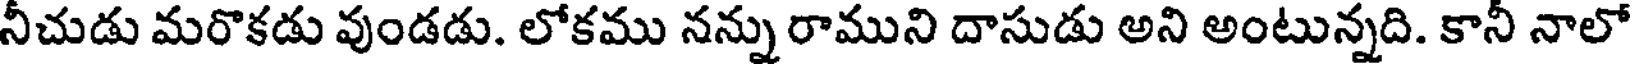
నీచుడు మరొకడు వుండడు. లోకము నన్ను రాముని దాసుడు అని అంటున్నది. కానీ నాలో